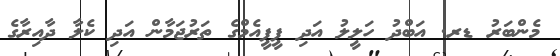
މެންބަރު ޑރ. އަބްދު ހަލީލު އަދި ޕީޕީއެމްގެ ތަރުޖަމާން އަދި ކެލާ ދާއިރާގެ